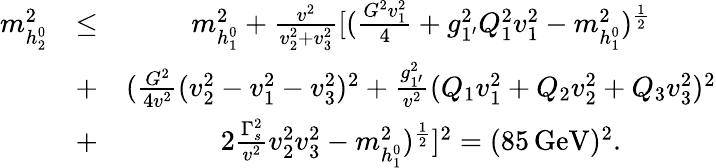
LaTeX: \begin{array}{ccc}{{m_{h_{2}^{0}}^{2}}}&{{\leq}}&{{m_{h_{1}^{0}}^{2}+\frac{v^{2}}{v_{2}^{2}+v_{3}^{2}}[(\frac{G^{2}v_{1}^{2}}{4}+g_{1^{\prime}}^{2}Q_{1}^{2}v_{1}^{2}-m_{h_{1}^{0}}^{2})^{\frac{1}{2}}}}\\ {{}}&{{+}}&{{(\frac{G^{2}}{4v^{2}}(v_{2}^{2}-v_{1}^{2}-v_{3}^{2})^{2}+\frac{g_{1^{\prime}}^{2}}{v^{2}}(Q_{1}v_{1}^{2}+Q_{2}v_{2}^{2}+Q_{3}v_{3}^{2})^{2}}}\\ {{}}&{{+}}&{{2\frac{\Gamma_{s}^{2}}{v^{2}}v_{2}^{2}v_{3}^{2}-m_{h_{1}^{0}}^{2})^{\frac{1}{2}}]^{2}=(85\, \mathrm{GeV})^{2}.}}\end{array}